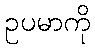
ဥပမာကို